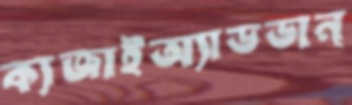
ক্যজাইঅ্যাডভান্